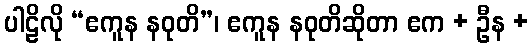
ပါဠိလို “ဧကူန နဝုတိ”၊ ဧကူန နဝုတိဆိုတာ ဧက + ဦန +